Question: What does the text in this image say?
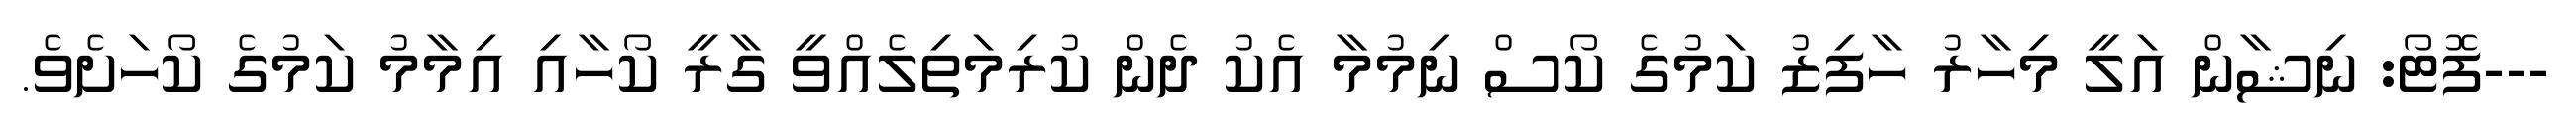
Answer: ---ފޮޓޯ: ނިޝާން އަލީ މިހާރު ހާފިޒު ކަމުގެ ކޯސް ނިމުމާ އެކު ދެން ކުރިމަތިލެއްވީ ގާރީ ކޯހާއި އިމާމު ކަމުގެ ކޯހަށެވެ.